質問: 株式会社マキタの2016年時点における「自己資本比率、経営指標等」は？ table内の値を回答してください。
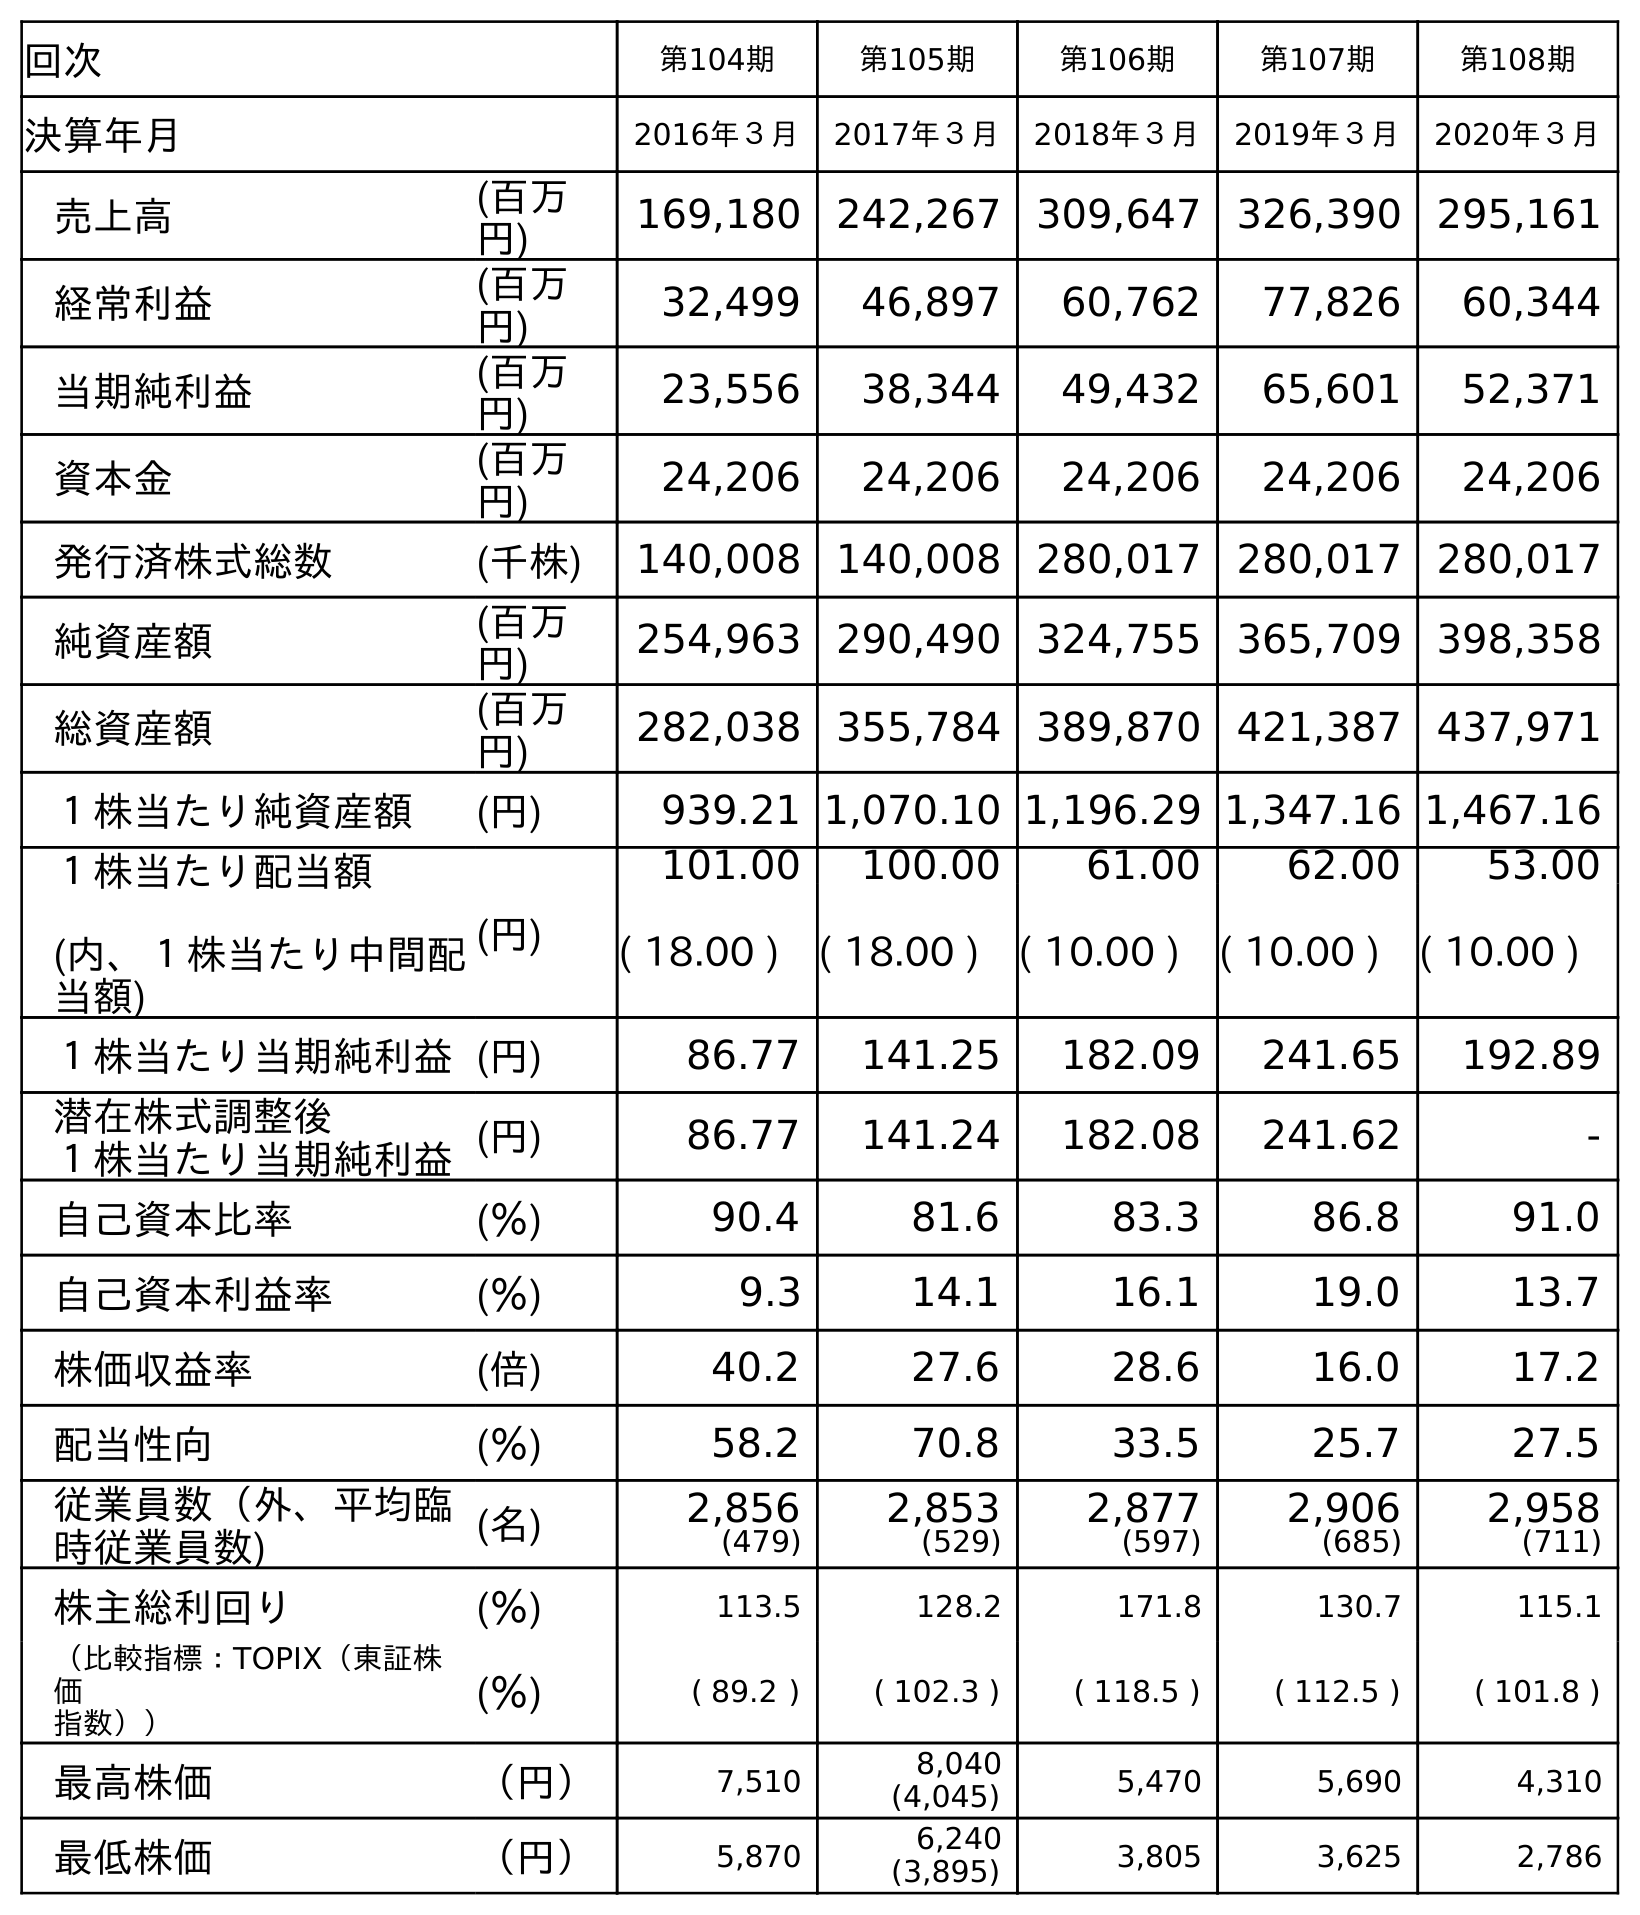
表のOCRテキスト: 回次 第104期 第105期 第106期 第107期 第108期 決算年月 2016年３月 2017年３月 2018年３月 2019年３月 2020年３月 売上高 (百万 円) 169,180 242,267 309,647 326,390 295,161 経常利益 (百万 円) 32,499 46,897 60,762 77,826 60,344 当期純利益 (百万 円) 23,556 38,344 49,432 65,601 52,371 資本金 (百万 円) 24,206 24,206 24,206 24,206 24,206 発行済株式総数 (千株) 140,008 140,008 280,017 280,017 280,017 純資産額 (百万 円) 254,963 290,490 324,755 365,709 398,358 総資産額 (百万 円) 282,038 355,784 389,870 421,387 437,971 １株当たり純資産額 (円) 939.21 1,070.10 1,196.29 1,347.16 1,467.16 １株当たり配当額 (内、１株当たり中間配 当額) (円) 101.00 100.00 61.00 62.00 53.00 ( 18.00 ) ( 18.00 ) ( 10.00 ) ( 10.00 ) ( 10.00 ) １株当たり当期純利益(円) 86.77 141.25 182.09 241.65 192.89 潜在株式調整後 １株当たり当期純利益(円) 86.77 141.24 182.08 241.62 - 自己資本比率 (％) 90.4 81.6 83.3 86.8 91.0 自己資本利益率 (％) 9.3 14.1 16.1 19.0 13.7 株価収益率 (倍) 40.2 27.6 28.6 16.0 17.2 配当性向 (％) 58.2 70.8 33.5 25.7 27.5 従業員数（外、平均臨 時従業員数) (名) 2,856 (479) 2,853 (529) 2,877 (597) 2,906 (685) 2,958 (711) 株主総利回り (％) 113.5 128.2 171.8 130.7 115.1 （比較指標：TOPIX（東証株 価 指数）） (％) ( 89.2 ) ( 102.3 ) ( 118.5 ) ( 112.5 ) ( 101.8 ) 最高株価 （円） 7,510 8,040 (4,045) 5,470 5,690 4,310 最低株価 （円） 5,870 6,240 (3,895) 3,805 3,625 2,786
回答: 90.4